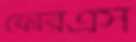
ফোরএস